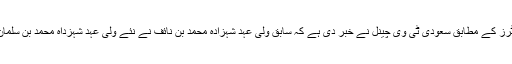
برطانوی خبر رساں ایجنسی رائٹرز کے مطابق سعودی ٹی وی چینل نے خبر دی ہے کہ سابق ولی عہد شہزادہ محمد بن نائف نے نئے ولی عہد شہزداہ محمد بن سلمان سے وفاداری کا اعلان کیا ہے۔